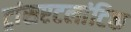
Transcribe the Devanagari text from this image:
ट्रांसएटलांटिक